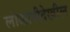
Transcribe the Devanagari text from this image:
लोकांनीदेखील